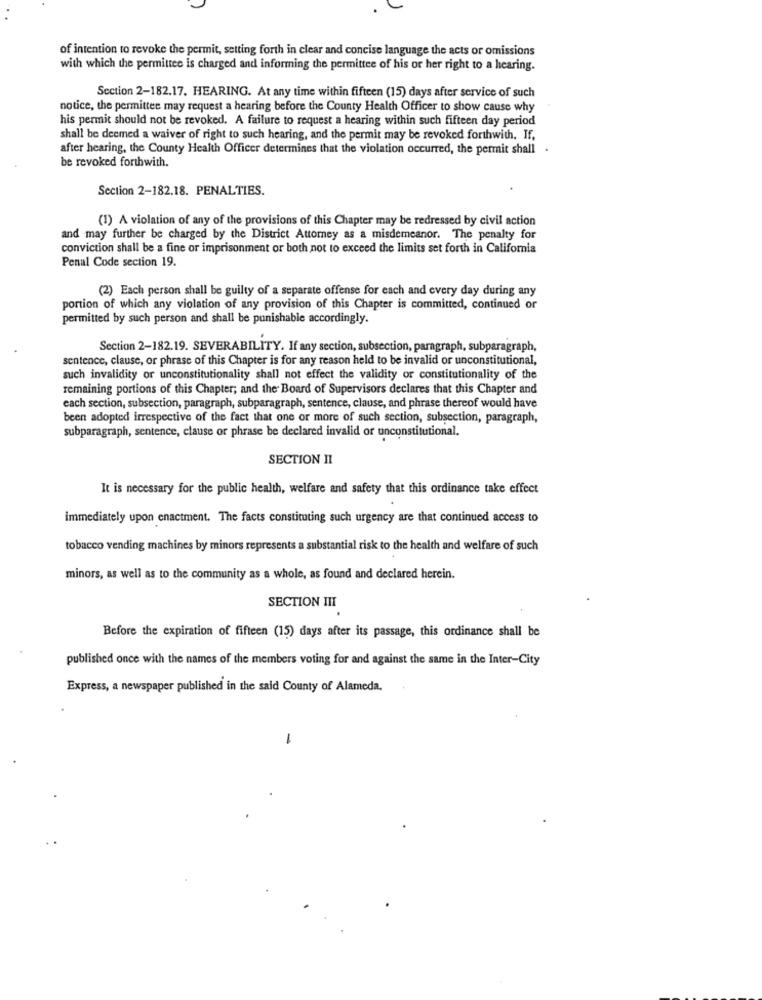
of intention to revoke the permit, setting forth in clear and concise language the acts or omissions
with which the permittee is charged and informing the permittee of his or her right to a hearing.
Section 2-182.17. HEARING. At any time within fifteen (15) days after service of such
notice, the permittee may request a hearing before the County Health Officer to show cause why
his permit should not be revoked. A failure to request a hearing within such fifteen day period
shall be deemed a waiver of right to such hearing, and the permit may be revoked forthwith. If.
after hearing, the County Health Officer determines that the violation occurred, the permit shall .
be revoked forthwith.
Section 2-182.18. PENALTIES.
(1) A violation of any of the provisions of this Chapter may be redressed by civil action
and may further be charged by the District Attorney as a misdemeanor. The penalty for
conviction shall be a fine or imprisonment or both not to exceed the limits set forth in California
Penal Code section 19.
(2) Each person shall be guilty of a separate offense for each and every day during any
portion of which any violation of any provision of this Chapter is committed, continued or
permitted by such person and shall be punishable accordingly.
Section 2-182.19. SEVERABILITY. If any section, subsection, paragraph, subparagraph,
sentence, clause, or phrase of this Chapter is for any reason held to be invalid or unconstitutional,
such invalidity or unconstitutionality shall not effect the validity or constitutionality of the
remaining portions of this Chapter; and the Board of Supervisors declares that this Chapter and
each section, subsection, paragraph, subparagraph, sentence, clause, and phrase thereof would have
been adopted irrespective of the fact that one or more of such section, subsection, paragraph,
subparagraph, sentence, clause or phrase be declared invalid or unconstitutional.
SECTION II
It is necessary for the public health, welfare and safety that this ordinance take effect
immediately upon enactment. The facts constituting such urgency are that continued access to
tobacco vending machines by minors represents a substantial risk to the health and welfare of such
minors, as well as to the community as a whole, as found and declared herein.
SECTION III
Before the expiration of fifteen (15) days after its passage, this ordinance shall be
published once with the names of the members voting for and against the same in the Inter-City
Express, a newspaper published in the said County of Alameda.
1